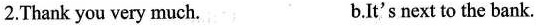
2.Thank you very much. b.It's next to the bank.